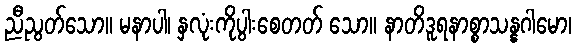
ညီညွတ်သော။ မနာပါ၊ နှလုံးကိုပွါးစေတတ် သော။ နာတိဒူရနာစ္စာသန္နဂါမော၊